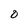
Character: 0